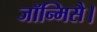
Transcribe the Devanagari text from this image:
जॉन्मिसै।